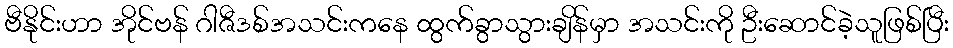
ဗီနိုင်းဟာ အိုင်ဗန် ဂါဇီဒစ်အသင်းကနေ ထွက်ခွာသွားချိန်မှာ အသင်းကို ဦးဆောင်ခဲ့သူဖြစ်ပြီး